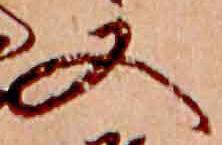
又